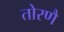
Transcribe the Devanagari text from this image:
तोरणै